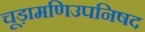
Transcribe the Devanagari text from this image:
चूड़ामणिउपनिषद